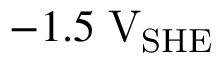
- 1 . 5 \; \mathrm { V } _ { \mathrm { S H E } }